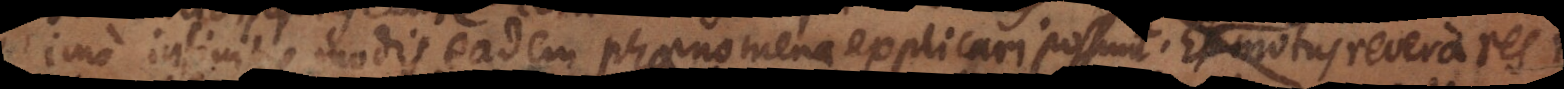
imo infinitis modis eadem phaenomena explicari possunt. Et motus revera res